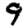
Digit: 9